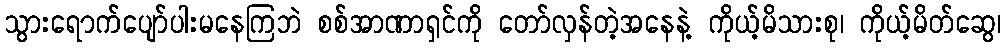
သွားရောက်ပျော်ပါးမနေကြဘဲ စစ်အာဏာရှင်ကို တော်လှန်တဲ့အနေနဲ့ ကိုယ့်မိသားစု၊ ကိုယ့်မိတ်ဆွေ၊